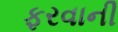
ફરવાની